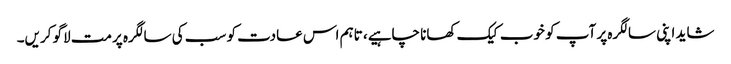
شاید اپنی سالگرہ پر آپ کو خوب کیک کھانا چاہیے، تاہم اس عادت کو سب کی سالگرہ پرمت لاگو کریں۔